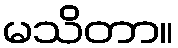
မသိတာ။